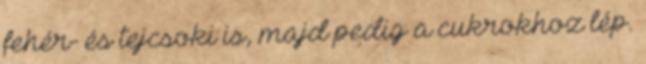
fehér- és tejcsoki is, majd pedig a cukrokhoz lép.